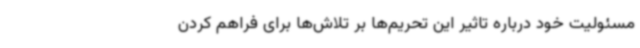
مسئولیت خود درباره تاثیر این تحریم‌ها بر تلاش‌ها برای فراهم کردن